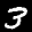
Label: 3